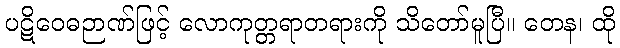
ပဋိဝေဓဉာဏ်ဖြင့် လောကုတ္တရာတရားကို သိတော်မူပြီ။ တေန၊ ထို